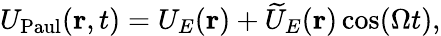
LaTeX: U_{\mathrm{Paul}}(\mathbf{r},t)=U_{E}(\mathbf{r})+\widetilde{U}_{E}(\mathbf{r})\cos(\Omega t),